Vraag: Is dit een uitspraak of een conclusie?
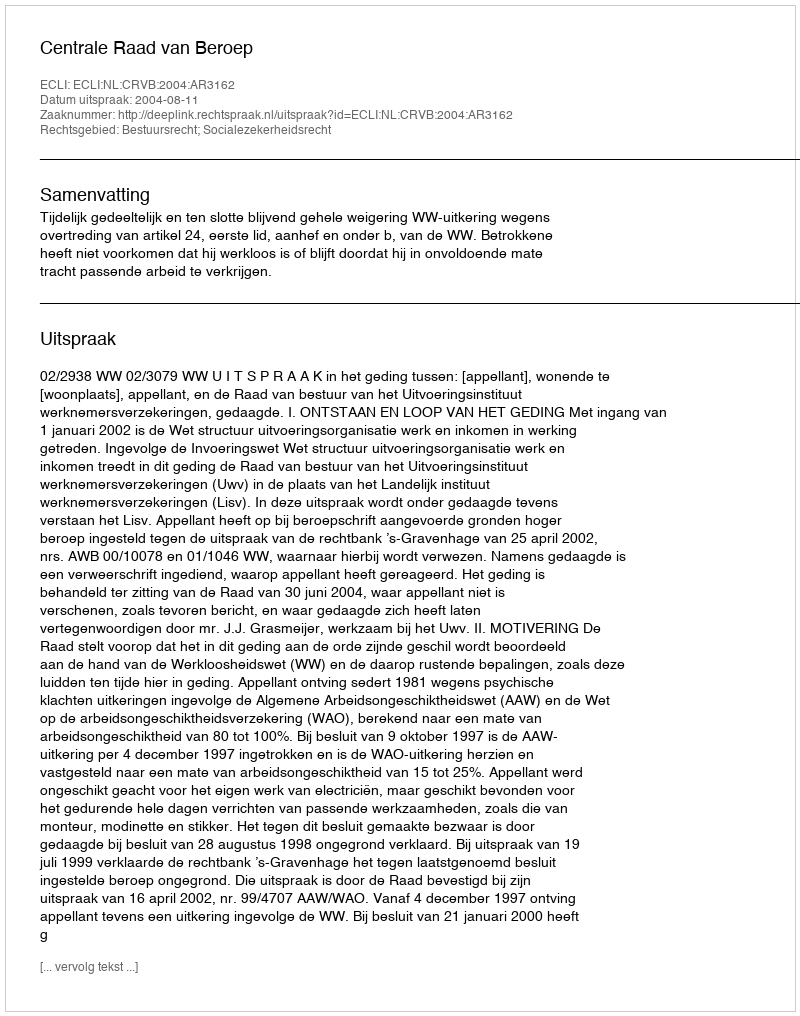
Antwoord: Uitspraak